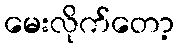
မေးလိုက်တော့